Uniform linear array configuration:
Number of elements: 12
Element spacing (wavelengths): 0.25
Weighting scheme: uniform
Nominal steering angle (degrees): -60
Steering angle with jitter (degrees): -59.484
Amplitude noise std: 0.05
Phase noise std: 0.05

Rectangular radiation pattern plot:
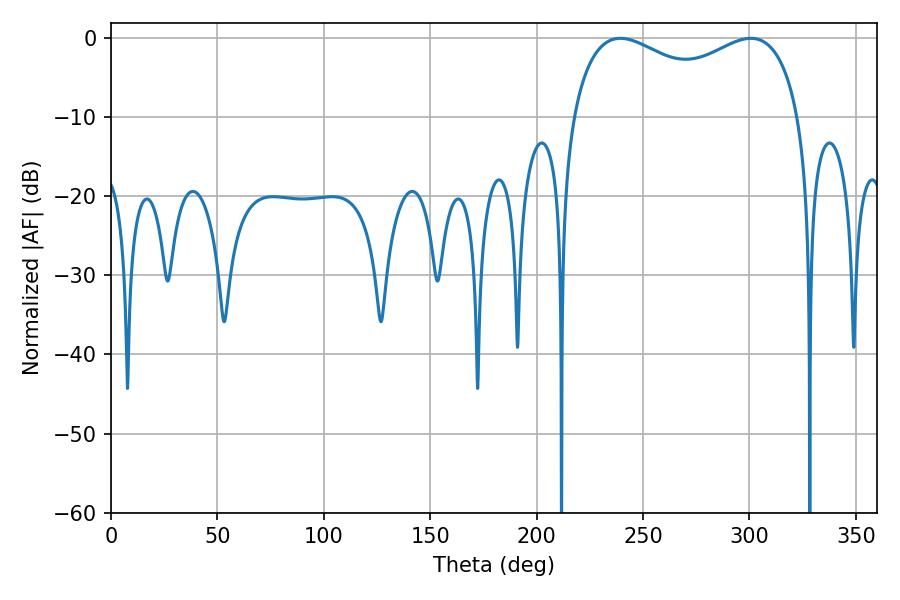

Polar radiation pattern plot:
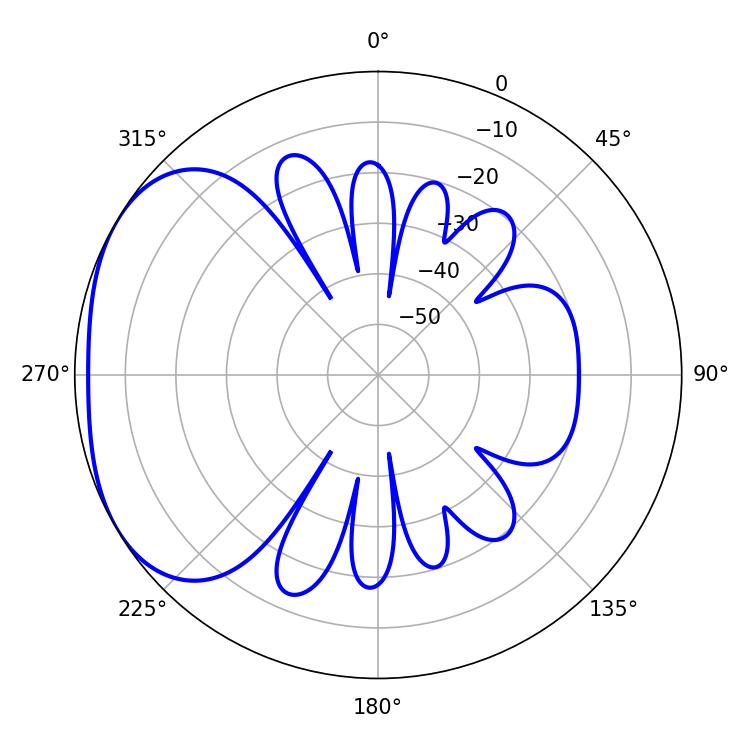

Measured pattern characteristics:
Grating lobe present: FALSE
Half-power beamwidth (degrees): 88.92
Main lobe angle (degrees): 239.4